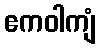
ဧကဝါကျံ